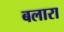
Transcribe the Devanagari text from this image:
बलारा